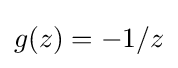
g(z)=-1/z